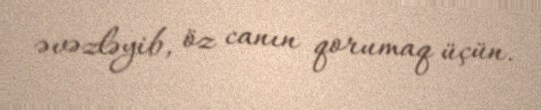
əvəzləyib, öz canın qorumaq üçün.